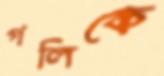
পলিকে